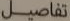
تفاصيل